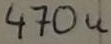
Text: 470u